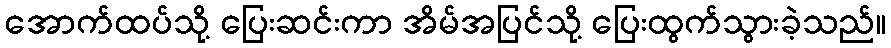
အောက်ထပ်သို့ ပြေးဆင်းကာ အိမ်အပြင်သို့ ပြေးထွက်သွားခဲ့သည်။